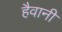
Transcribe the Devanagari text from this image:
हैवानी